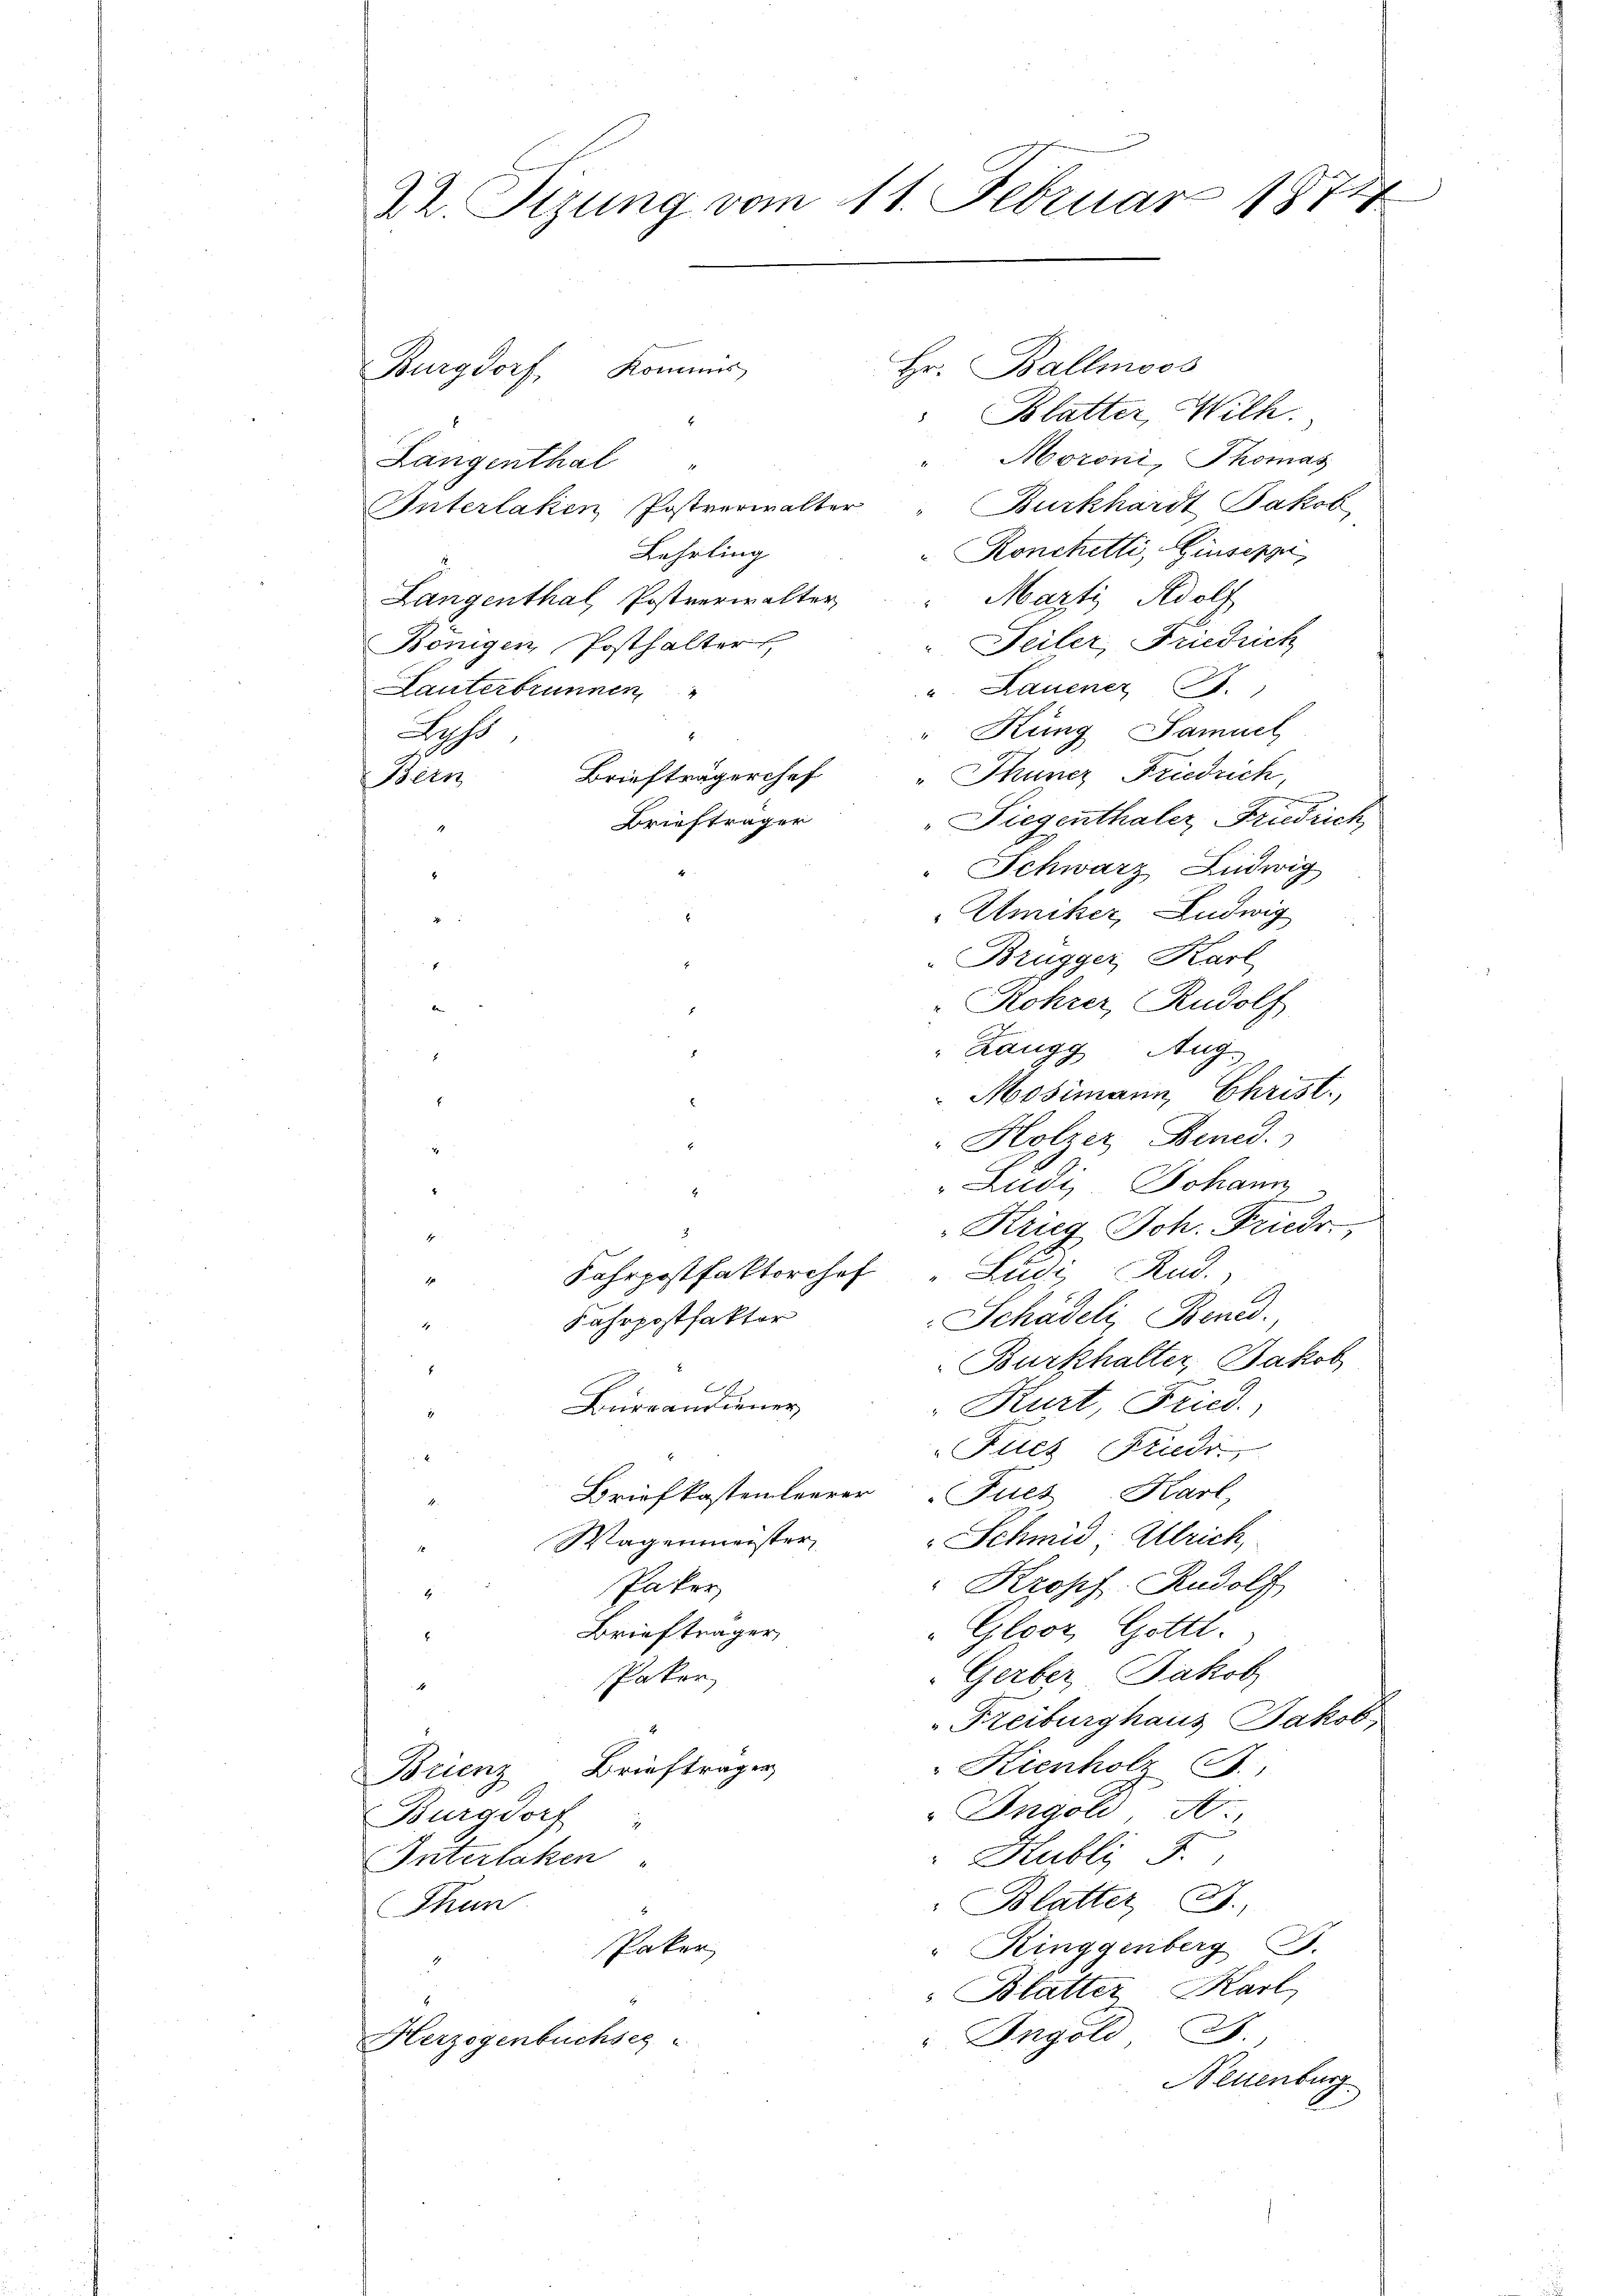
22. Sizung vom 11. Februar 1877

Hr. Ballmoos
Burgdorf, Kommis
Blatter, Wilh.
"Moroni, Thomas
Langenthal
Burkhardt Jakob
Interlaken Postverwalter
Ronchetti, Giuseppe,
Lehrling
Langenthal, Postverwalter " Marti Adolf
" Teiler, Friedrich
Königen Posthalter
u. Lauener 3.
Lanterbrunnen
"Rung Samuel
Lass
"Thuner Friedrich,
Briefträgerchef
Bern
" Siegenthaler, Friedrich
Briefträger
" Schwarz Ludwig
Amiker, Ludwig
i
Brugger, Karl
" Rohrer, Rudolf
ben
" Zangg, Aug.
Mosimann, Christ.
E
" Holzer Bened.
Ludi, Johann
3
Krieg Sch. Friedr.
1
Fahrpostfaktorchef "Lugi Rud.
1
Schädeli, Bened.
Fahrpostfaktor

Burkhalter, Jakob
E
Bürrandiener
Kurt, Fried.
1
Fucz Friedr.
Briefkastenleerer Fues Kart
Schmid Ulrich,
Wagenmeister,
d
Paker
"Kropf. Rudolf
4
Briefträger,
" Gloor Gottl.
E
Gerber, Jakob
Pakor
4
Freiburghaus Jakob
Kienholz
Brieftrages
Brienz
Ingold, d
Burgdorf
" Kubli d.
Interlaken
Blatter J.
Thun
Paker
" Ringgenberg B.
 Blatter Karl
" Ingold,
Herzogenbuchseg
Neuenburg